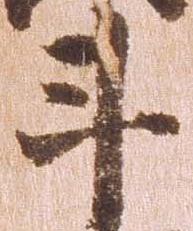
斗